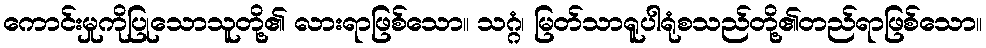
ကောင်းမှုကိုပြုသောသူတို့၏ လားရာဖြစ်သော။ သဂ္ဂံ၊ မြတ်သာရူပါရုံစသည်တို့၏တည်ရာဖြစ်သော။